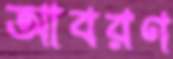
আবরণ